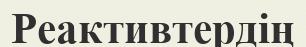
Реактивтердің